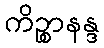
ကိဉ္စာနန္ဒ